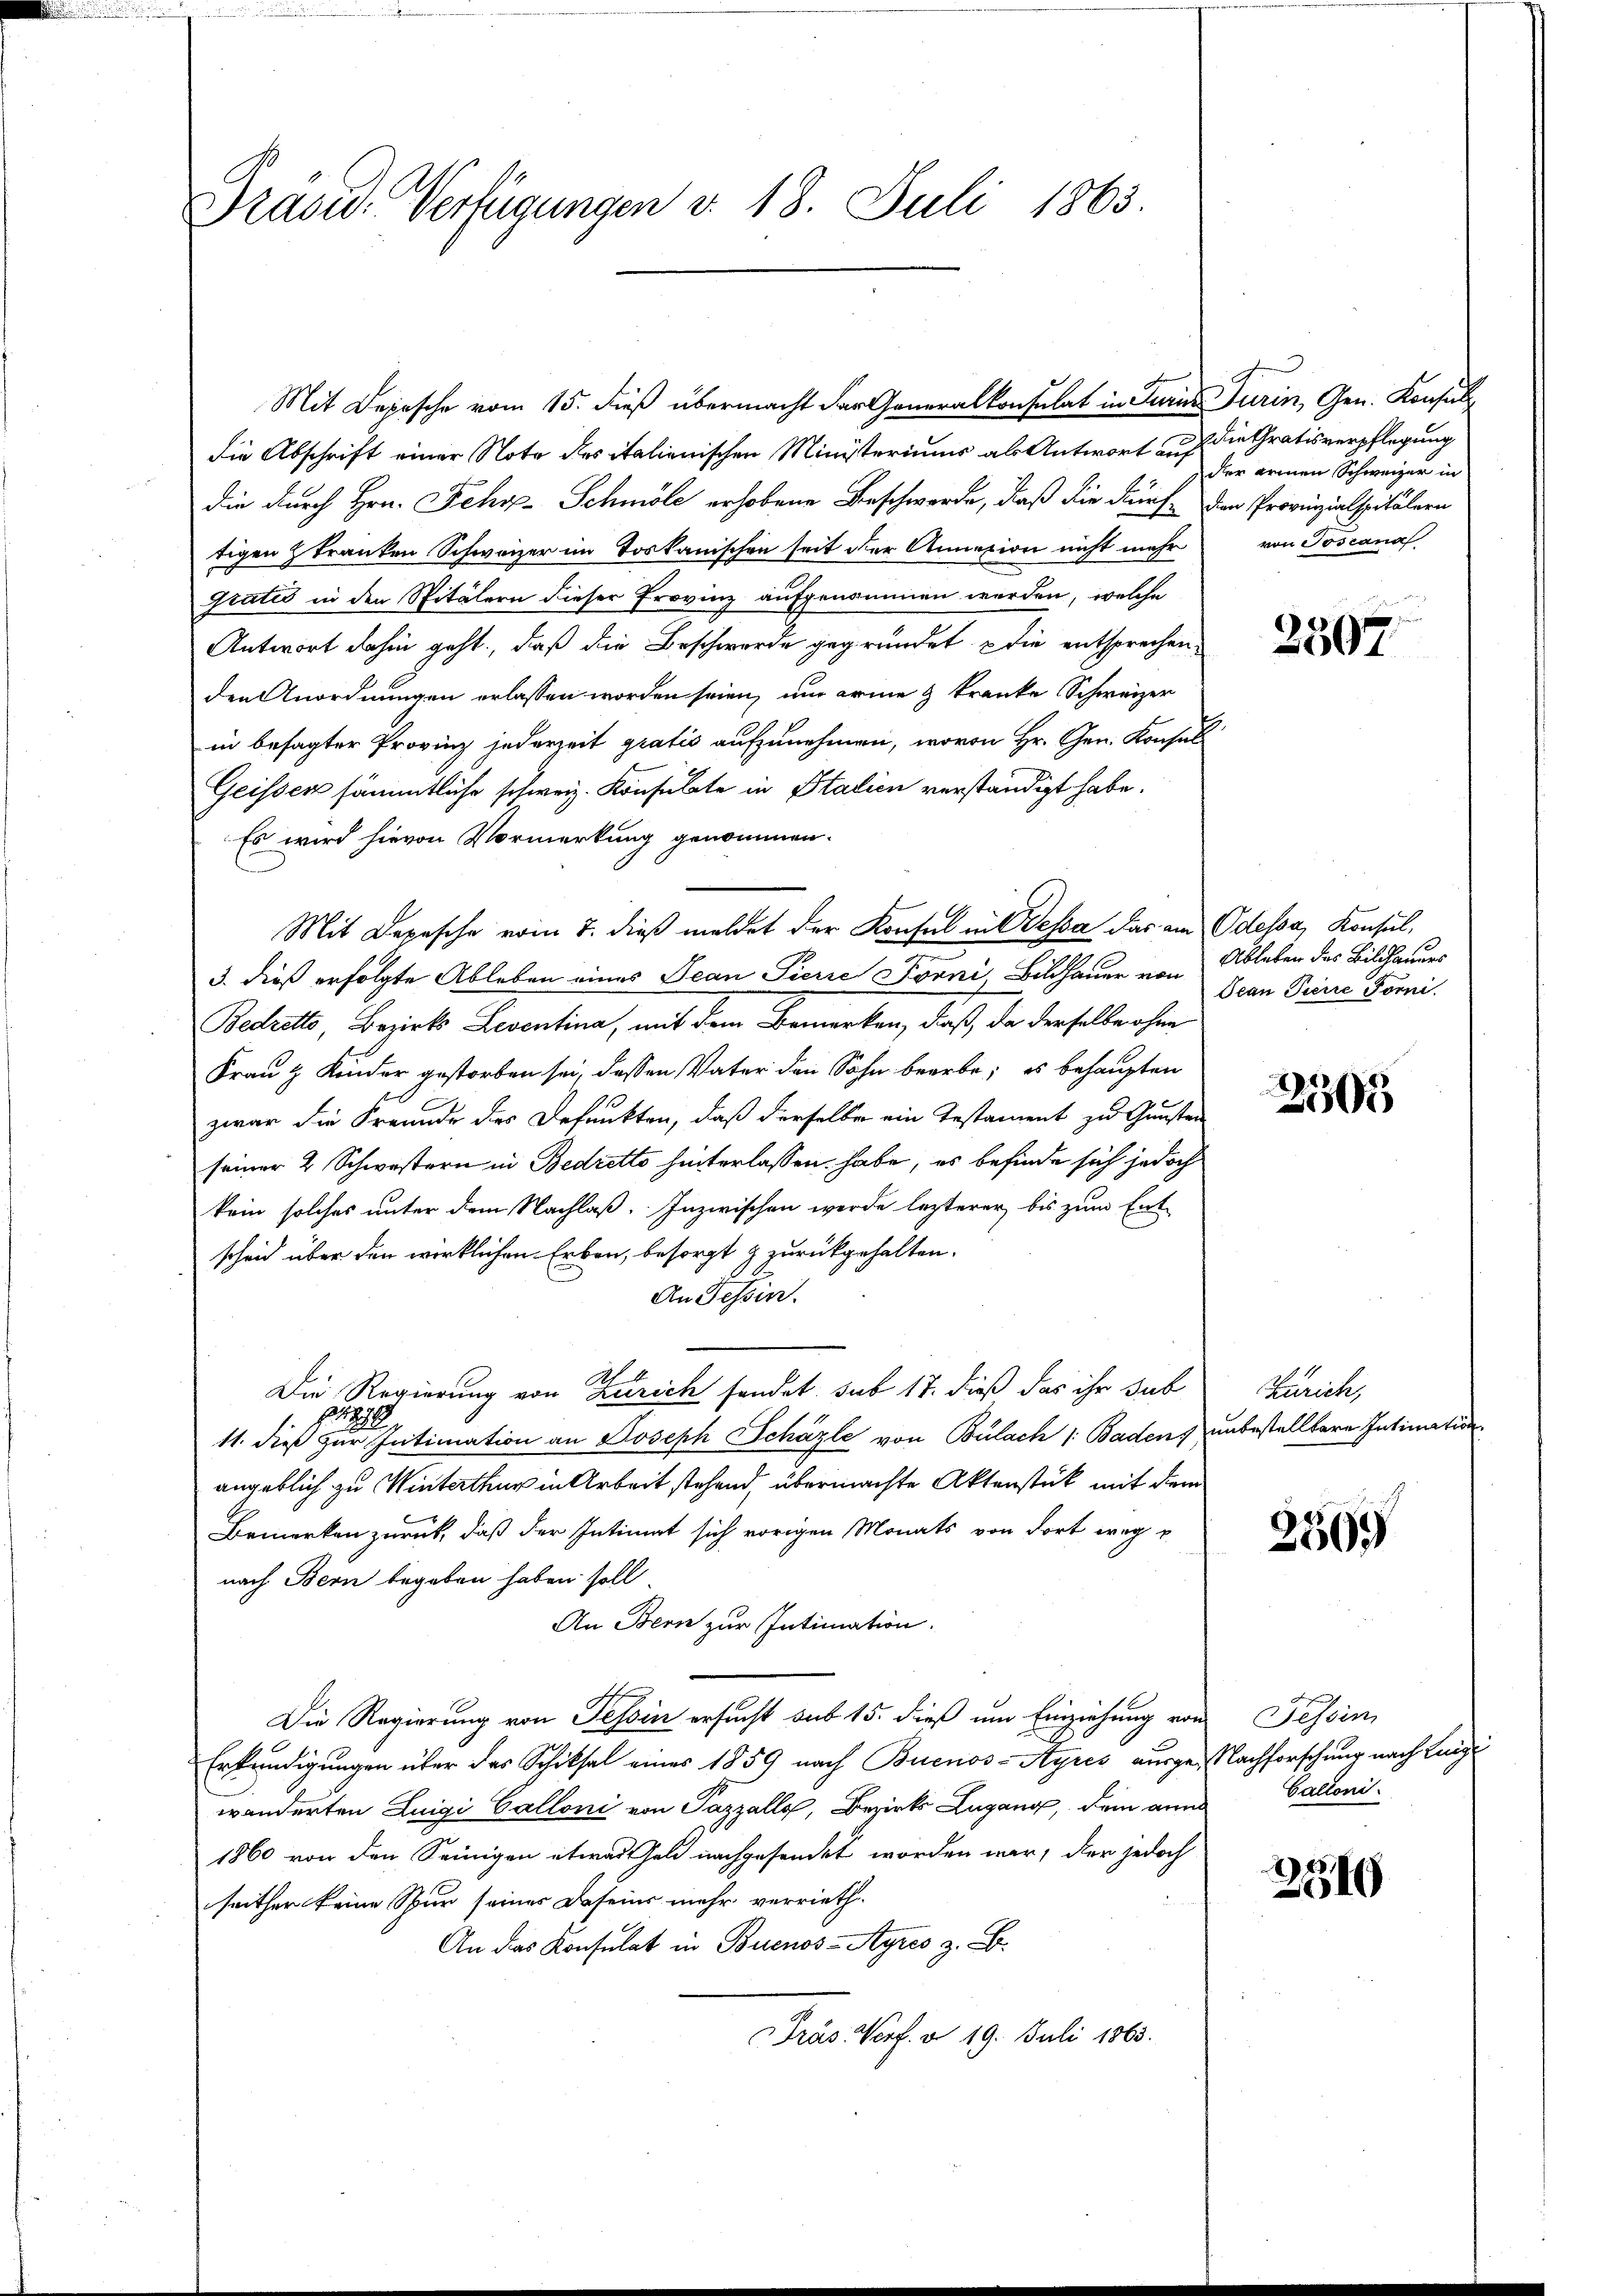
Prasid. Verfügungen v. 18. Juli 1863.

Mit Depesche vom 15. dieß übermacht der Generalkonsulat in Juri
die Abschrift einer Note des italienischen Ministeriums als Antwort auf
die durch Hrn. Jehy-Schmöle erhobene Beschwerde, daß die dürftigen Franken Schweizer im Toskanischen seit der Annexion nicht mehr
Gratis in den Spitälern dieser Provinz aufgenommen werden, welche
Antwort dahin geht, daß die Beschwerde gegründet die entsprechen
den Anordnungen erlassen worden seien, um arme & kranke Schweizer
in besagter Provinz jederzeit gratis aufzunehmen, wovon Hr. Gen. Konsul
Geisser sämmtliche schweiz. Konsulate in Stalien verständigt habe.
Es wird hievon Vormerkung genommen.
3. dieß erfolgte Ableben eines Jean Pierie Forni Bildhauer von
Bedretto, Bezirks Leventina, mit dem Bemerken, daß, da derselbe ohne
Frau & Kinder gestorben sei, dessen Vater den Sohn beerbe; es behaupten
zwar die Freunde des Befunkten, daß derselbe ein Testament zu Gunsten
seiner 2 Schwestern in Bedretto hinterlassen habe, es befinde sich jedoch
kein solches unter dem Nachlaß. Inzwischen werde lezterer bis zum Ent
scheid über den wirklichen Erben, besorgt zurückgehalten.
An Tessin.
1.
Die Regierung von Zürich sendet sub 17. dieß das ihr sub
1.84
2
11. dieß zur Intimation an Joseph Schäzle von Bülach Badens
angeblich zu Winterthur in Arbeit stehend, übermachte Aktenstück mit dem
Bemerken zurück, daß der Intimat sich vorigen Monats von dort weg p
nach Bern begeben haben soll.
An Bern zur Intimation.
Die Regierung von Tessin ersucht sub 15. dieß um Einziehung von Tessin,
Erkundigungen über das Schiksal einer 1859 nach Buenos-Ayres ausge-Nachforschnur nach Lang
wänderten Luigi Calloni von Pazzally, Bezirks Lugang, dem annd Cartoni¬
1860 von den Seinigen etwas Geld nachgesendet worden war, der jedoch
seither keine Spur seines Daseins mehr verrieth-
An das Konsulat in Buenos-Ayres z. B.
Fräs Porf. § 19. Juli 1863.

Mit Depesche vom 7. dieß meldet der Konsul in Bessa das am Odessa, Konsul,

Turin, Gen. Konsul
die Gratisverpflegung
der armen Schweizer in
dien Provinzialspitälern
von Toscana

2507

Ableben des Bildhauers
Jean Pierre Forni

2505

Zürich,
unbestelltere Intimation

2569

2340